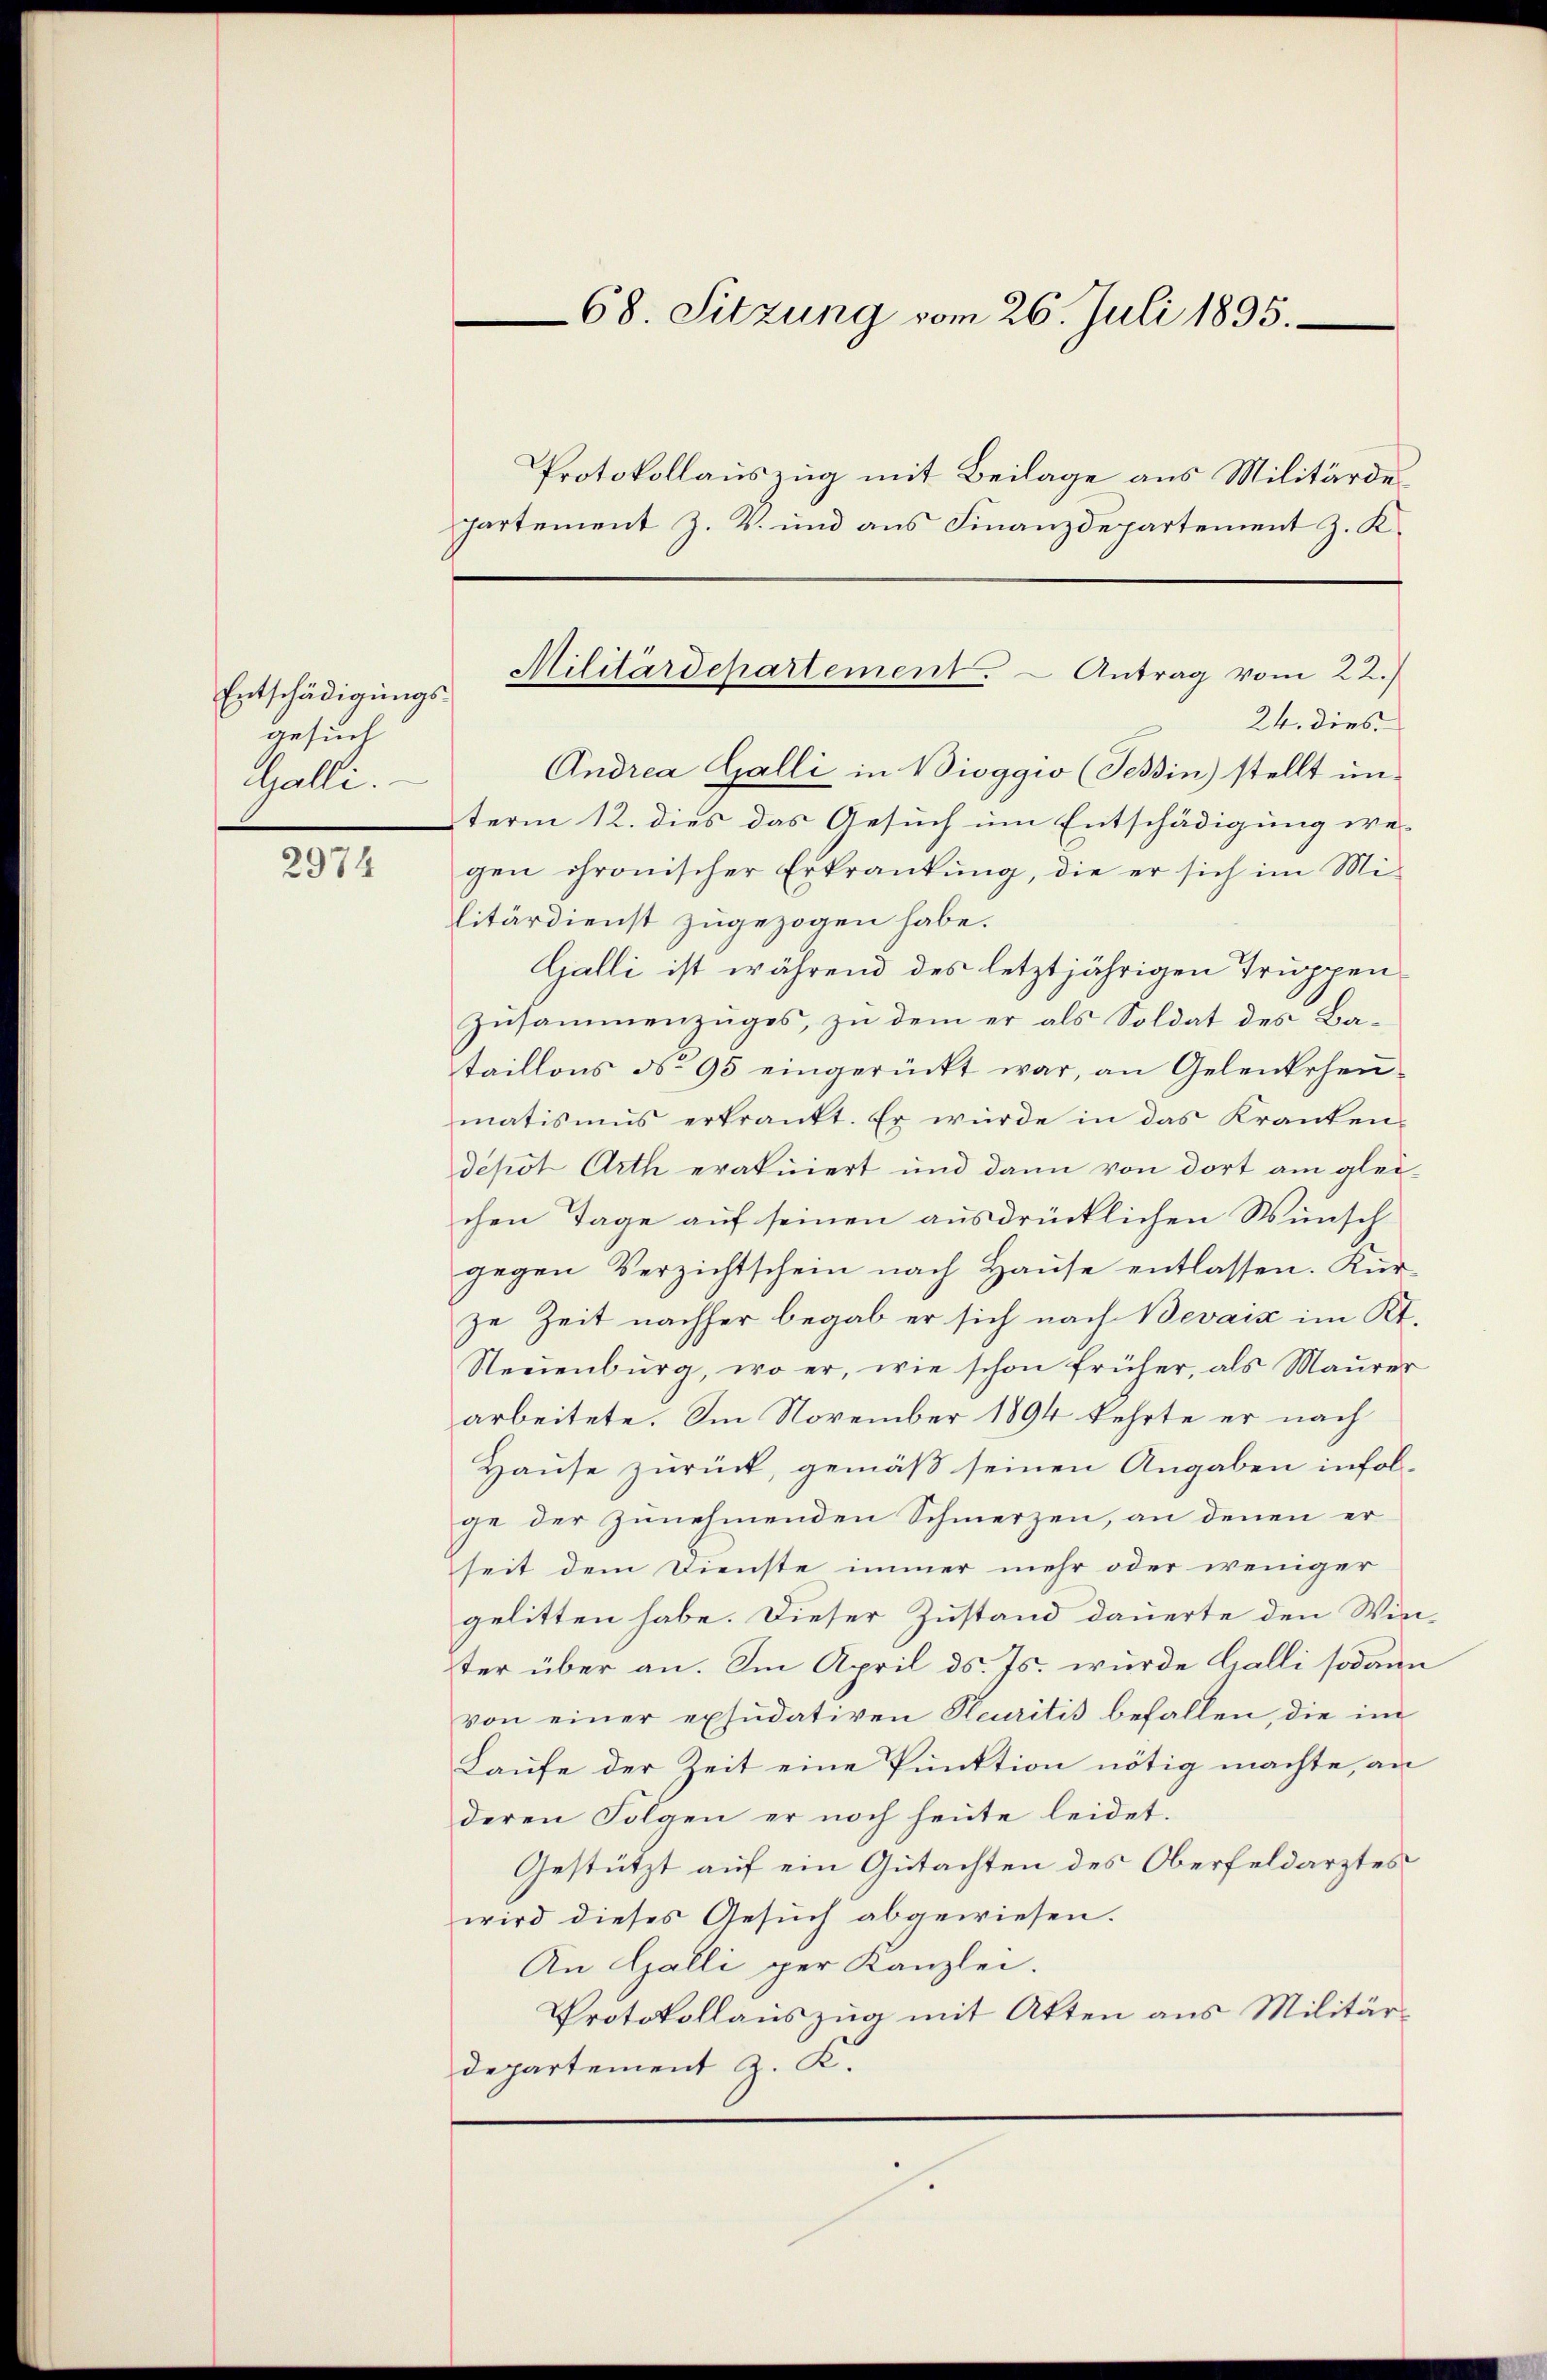
Entschädigungsgesuch
Galli.

2974

Protokollauszug mit Beilage aus Militärde
partement z. K. und aus Finanzdepartement z. K.
24. dies
Andrea Galli in Bioggio (Tessin stellt un-
term 12. dies das Gesuch um Entschädigung we-
gen chronischer Erkrankung, die er sich im Mi-
litärdienst zugezogen habe.
Galli ist während des letztjährigen Truppen-
zusammenzuges, zu dem er als Soldat des Bataillons No 95 eingerückt war, an Gelenkrheu-
matismus erkrankt. Er würde in das Kranken-
depot Arth eratuiert und dann von dort am glei-
chen Tage auf seinen ausdrücklichen Wunsch
gegen Verzichtschein nach Hause entlassen. Kurze Zeit nachher begab er sich nach Bevaiz im Kt.
Neuenburg, wo er, wie schon früher, als Maurer
arbeitete. Im November 1894 kehrte er nach
Hause zurück, gemäß seinen Angaben infolge der zunehmenden Schmerzen, an denen erseit dem Dienste immer mehr oder weniger
gelitten habe. Dieser Zustand dauerte den Winter über an. Im April d. Js. wurde Galli sodann
von einer exsudativen Heuritis befallen, die im
Laufe der Zeit eine Punktion nötig machte, an
deren Folgen er noch heute leidet.
Gestützt auf ein Gutachten des Oberfeldarztes
wird dieses Gesuch abgewiesen.
An Galli per Kanzlei.
Protokollauszug mit Atten aus Militärdepartement z. K.

68. Sitzung vom 26. Juli 1895.

Militärdepartement. – Antrag vom 22.)